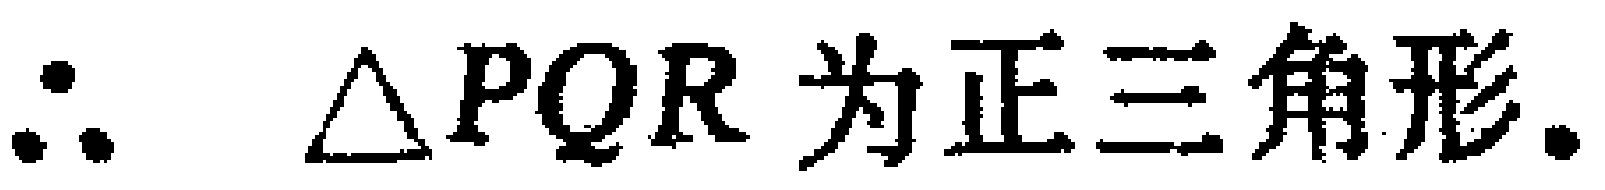
\(\therefore \triangle PQR\text{ 为正三角形}.\)